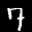
Label: 7